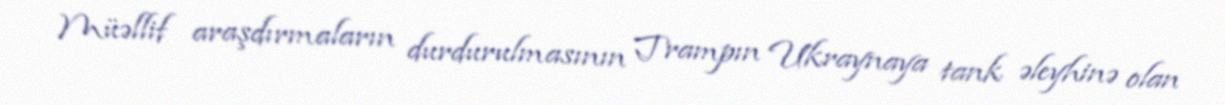
Müəllif araşdırmaların durdurulmasının Trampın Ukraynaya tank əleyhinə olan